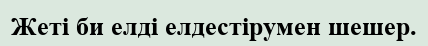
Жеті би елді елдестірумен шешер.